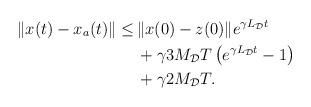
LaTeX: \begin{align*}\begin{aligned}\|x(t)-x_a(t)\| \le&\, \|x(0)-z(0) \| e^{\gamma L_\mathcal{D}t} \\&\,+ \gamma 3 M_\mathcal{D} T \left(e^{\gamma L_\mathcal{D}t} -1\right)\\&\,+\gamma 2M_\mathcal{D} T.\end{aligned}\end{align*}